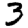
Digit: 3